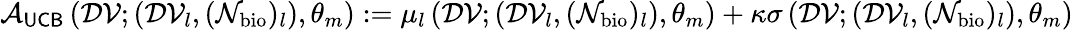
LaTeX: \mathcal{A}_{\sf UCB}\left(\mathcal{DV};(\mathcal{DV}_{l},(\mathcal{N}_{\mathrm{bio}})_{l}),\theta_{m}\right):=\mu_{l}\left(\mathcal{DV};(\mathcal{DV}_{l},(\mathcal{N}_{\mathrm{bio}})_{l}),\theta_{m}\right)+\kappa\sigma\left(\mathcal{DV};(\mathcal{DV}_{l},(\mathcal{N}_{\mathrm{bio}})_{l}),\theta_{m}\right)